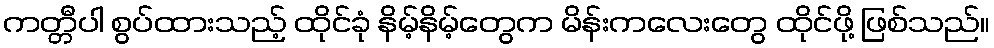
ကတ္တီပါ စွပ်ထားသည့် ထိုင်ခုံ နိမ့်နိမ့်တွေက မိန်းကလေးတွေ ထိုင်ဖို့ ဖြစ်သည်။